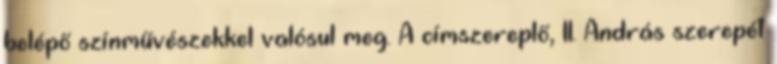
belépő színművészekkel valósul meg. A címszereplő, II. András szerepét